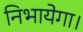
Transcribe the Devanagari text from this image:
निभायेगा।